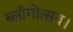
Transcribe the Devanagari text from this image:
ब्लॉगोत्सव।